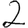
Digit: 2